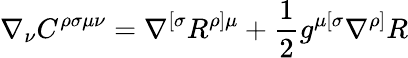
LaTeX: \nabla_{\nu}C^{\rho\sigma\mu\nu}=\nabla^{[\sigma}R^{\rho]\mu}+\frac{1}{2}g^{\mu[\sigma}\nabla^{\rho]}R